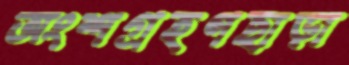
অংশগ্রহণছাড়া